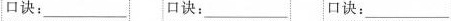
口诀：___ 口诀：___口诀：___